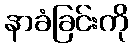
နာခံခြင်းကို